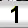
Digit: 1